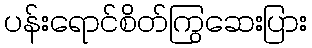
ပန်းရောင်စိတ်ကြွဆေးပြား